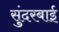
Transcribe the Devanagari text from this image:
सुंदरबाई